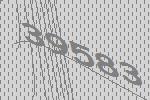
39583